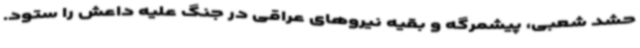
حشد شعبی، پیشمرگه و بقیه نیروهای عراقی در جنگ علیه داعش را ستود.